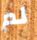
لم